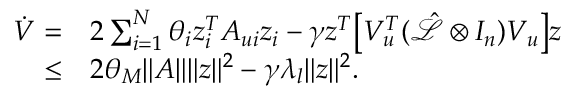
\begin{array} { r l } { \dot { V } = } & { 2 \sum _ { i = 1 } ^ { N } \theta _ { i } z _ { i } ^ { T } A _ { u i } z _ { i } - \gamma z ^ { T } \big [ V _ { u } ^ { T } ( \mathcal { \hat { L } } \otimes I _ { n } ) V _ { u } \big ] z } \\ { \leq } & { 2 \theta _ { M } \| A \| \| z \| ^ { 2 } - \gamma \lambda _ { l } \| z \| ^ { 2 } . } \end{array}